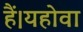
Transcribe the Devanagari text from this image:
हैं।यहोवा